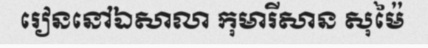
រៀននៅឯសាលា កុមារីសាន សុម៉ៃ